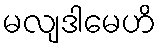
မလျဒါမေဟိ